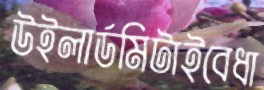
উইলার্ডমিটাইবেধা